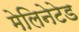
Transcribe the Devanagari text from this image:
मेलिनेटेड